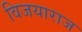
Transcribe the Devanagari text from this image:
विजयाराज